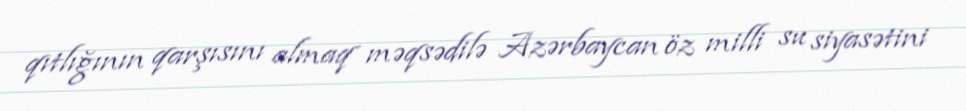
qıtlığının qarşısını almaq məqsədilə Azərbaycan öz milli su siyasətini